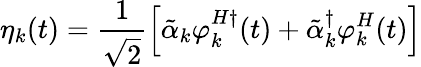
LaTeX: \eta_{k}(t)=\frac{1}{\sqrt{2}}\left[\tilde{\alpha}_{k}\varphi_{k}^{H\dagger}(t)+{\tilde{\alpha}}_{k}^{\dagger}\varphi_{k}^{H}(t)\right]